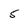
Character: 5